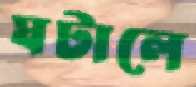
ঘটালে